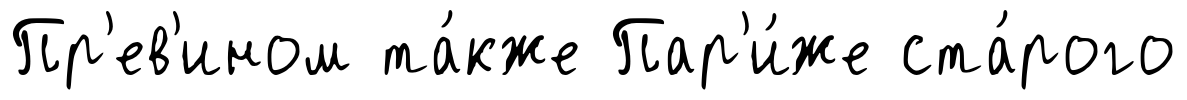
Пр'ев'ином та́кже Пар'и́же ста́рого